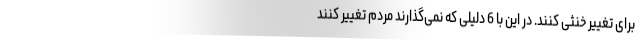
برای تغییر خنثی کنند. در این با 6 دلیلی که نمی‌گذارند مردم تغییر کنند